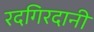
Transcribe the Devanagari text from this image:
रदगिरदानी